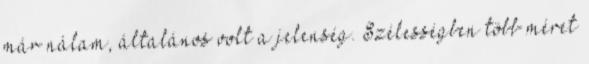
már nálam, általános volt a jelenség. Szélességben több méret